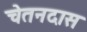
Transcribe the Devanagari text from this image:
चेतनदास